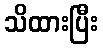
သိထားပြီး